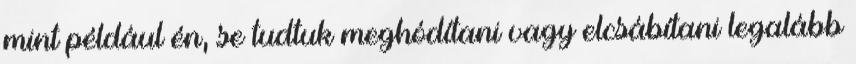
mint például én, se tudtuk meghódítani vagy elcsábítani legalább